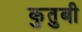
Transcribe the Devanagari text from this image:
कुतुबी